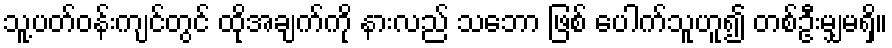
သူ့ပတ်ဝန်းကျင်တွင် ထိုအချက်ကို နားလည် သဘော ဖြစ် ပေါက်သူဟူ၍ တစ်ဦးမျှမရှိ။